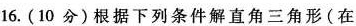
16.(10分)根据下列条件解直角三角形(在